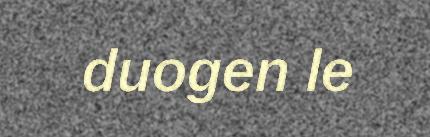
duogen le